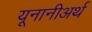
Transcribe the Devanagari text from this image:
यूनानीअर्थ